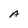
Character: A